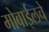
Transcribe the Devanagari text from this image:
मोबाईलचे